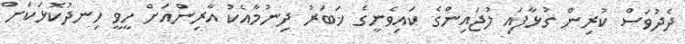
ދެދުވަސް ކުރިން ގުޅާފައި ލުޖައިންގެ ކައިވެނީގެ ޚަބަރު ދިނުމާއެކު އާރިންއަށް ހީވީ ހިނދުކޮޅަކަށް